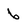
Character: 6